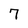
Character: 7